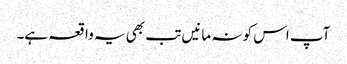
آپ اس کو نہ مانیں تب بھی یہ واقعہ ہے۔